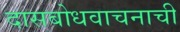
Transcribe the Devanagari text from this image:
दासबोधवाचनाची